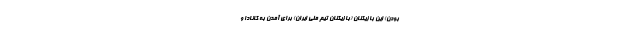
بودن) این بازیکنان (بازیکنان تیم ملی ایران) برای آمدن به کانادا و